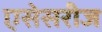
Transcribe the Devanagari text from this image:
एसेसरीज